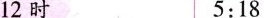
12时 5:18